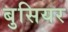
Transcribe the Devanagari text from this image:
बुसियर